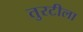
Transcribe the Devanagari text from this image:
तुरटीला